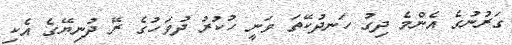
ގަރުނުގެ އެންމެ ދިގު ހަނދުކޭތަ ވަނީ ހުކުރު ދުވަހުގެ ރޭ ދުނިޔޭގެ އެކި